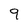
Character: 9